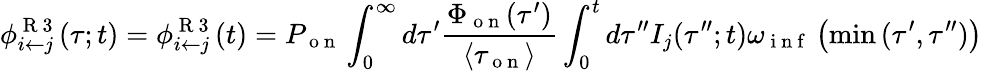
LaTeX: \phi_{i\leftarrow j}^{\mathrm{~R~3~}}(\tau;t)=\phi_{i\leftarrow j}^{\mathrm{~R~3~}}(t)=P_{\mathrm{~o~n~}}\int_{0}^{\infty}d\tau^{\prime}\frac{\Phi_{\mathrm{~o~n~}}(\tau^{\prime})}{\langle\tau_{\mathrm{~o~n~}}\rangle}\int_{0}^{t}d\tau^{\prime\prime}I_{j}(\tau^{\prime\prime};t)\omega_{\mathrm{~i~n~f~}}\left(\operatorname*{min}{(\tau^{\prime},\tau^{\prime\prime})}\right)